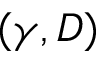
( \gamma , D )